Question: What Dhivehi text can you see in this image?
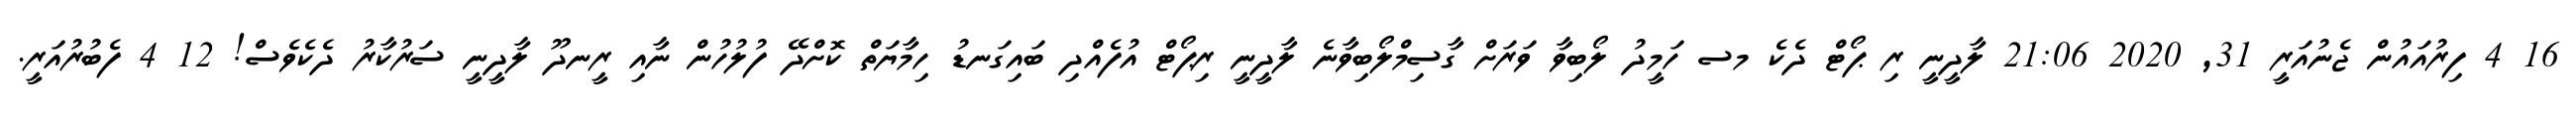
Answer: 16 4 ފިރުއައުން ޖެނުއަރީ 31, 2020 21:06 ލާދީނީ ރި ޕޯޓް ދެކެ މސ ހަމީދު ލޯބިވާ ވަރަށް ގާސިމްލޯބިވާނެ ލާދީނީ ރިޕޯޓް އުފެއްދި ބައިގަނޑު ހިމާޔަތް ކޮށްދޭ ފުލުހުން ނާއި ރީނދޫ ލާދީނީ ސަރުކާރު ދެކެވެސް! 12 4 ފެބުރުއަރީ.